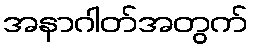
အနာဂါတ်အတွက်